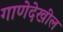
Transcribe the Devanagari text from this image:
गाणेदेखील